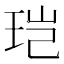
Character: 𮴒